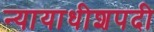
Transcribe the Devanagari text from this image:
न्यायाधीशपदी